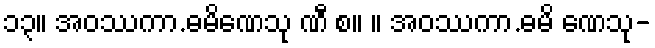
၁၃။ အဝဿကာ.ဓမိဏေသု ဏီ စ။ ။ အဝဿကာ.ဓမိ ဏေသု-